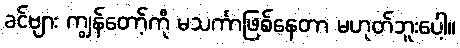
ခင်ဗျား ကျွန်တော့်ကို မသင်္ကာဖြစ်နေတာ မဟုတ်ဘူးပေါ့။